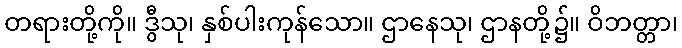
တရားတို့ကို။ ဒွီသု၊ နှစ်ပါးကုန်သော။ ဌာနေသု၊ ဌာနတို့၌။ ဝိဘတ္တာ၊